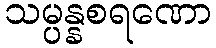
သမ္ပန္နစရဏော